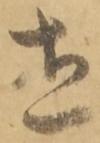
立